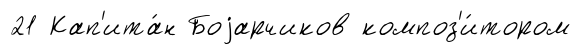
21 Кап'ита́н Боjарчиков композ'и́тором